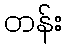
တန်း